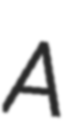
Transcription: A